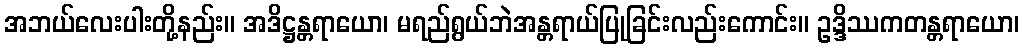
အဘယ်လေးပါးတို့နည်း။ အဒိဋ္ဌန္တရာယော၊ မရည်ရွယ်ဘဲအန္တရာယ်ပြုခြင်းလည်းကောင်း။ ဥဒ္ဒိဿကတန္တရာယော၊